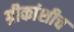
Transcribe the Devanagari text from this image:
ग्रीकांशीच